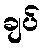
ချပ်